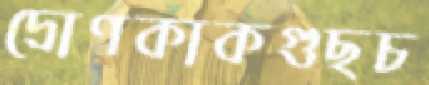
দ্রোণকাকগুছচ